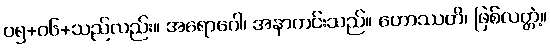
၀၅+၀၆+သည်လည်း။ အရောဂေါ၊ အနာကင်းသည်။ ဟောဿတိ၊ ဖြစ်လတ္တံ့။